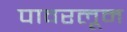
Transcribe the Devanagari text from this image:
पावरलूम